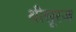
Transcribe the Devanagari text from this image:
थीसूरज